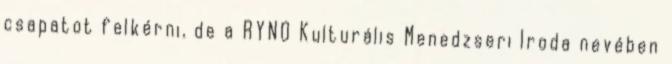
csapatot felkérni, de a RYNO Kulturális Menedzseri Iroda nevében